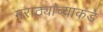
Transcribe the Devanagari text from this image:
मराठ्यांच्याकडे